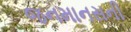
જનમાનસની